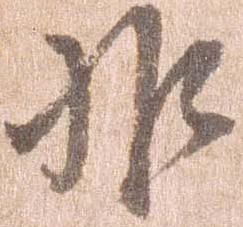
非